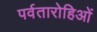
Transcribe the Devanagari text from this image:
पर्वतारोहिओं